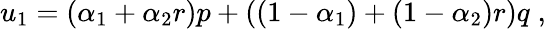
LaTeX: u_{1}=(\alpha_{1}+\alpha_{2}r)p+\left((1-\alpha_{1})+(1-\alpha_{2})r\right)q\; ,